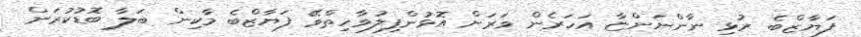
ފަޔާޒްބެ ރުޅި ނާންނަންޏާ އަހަރެން ވަރަށް އޮޅުންފިލުވާހިތްވޭ ފަޔާޒްބެ މާކިން ބަލާ ބޮޑުކުރަން